画像に写った文字を読んでください
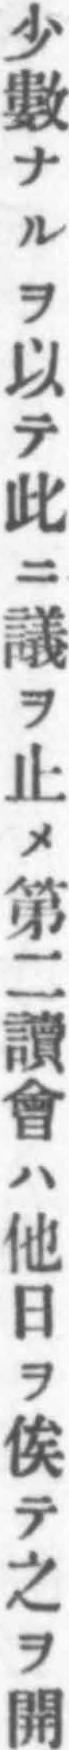
「少數ナルヲ以テ此ニ議ヲ止メ第二讀會ハ他日ヲ俟テ之ヲ開」と書いてあります